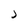
Character: J